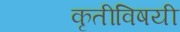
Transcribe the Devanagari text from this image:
कृतीविषयी